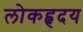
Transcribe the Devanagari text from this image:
लोकहृदय